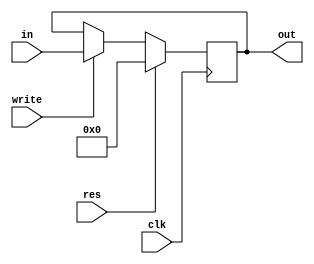
`timescale 1ns / 1ps

module PC(input clk, res, write, input [31:0] in, output reg [31:0] out
    );
    always@(posedge clk) begin
        if (res == 1)
            out = 31'b0;
        else begin
            if (write == 1) begin
                out = in;
            end
        end
    end
endmodule